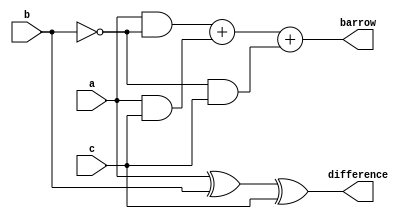
`timescale 1ns / 1ps
//////////////////////////////////////////////////////////////////////////////////
// Company: 
// Engineer: 
// 
// Design Name: 
// Module Name:    Full_Substractor 
// Project Name: 
// Target Devices: 
// Tool versions: 
// Description: 
//
// Dependencies: 
//
// Revision: 
// Revision 0.01 - File Created
// Additional Comments: 
//
//////////////////////////////////////////////////////////////////////////////////
module Full_Substractor(a,b,c,barrow,difference);
input a,b,c;
output reg barrow,difference;
always@(a,b,c)
begin
	difference<=a^b^c;
	barrow<=(a&(~b))+(a&c)+((~b)&c);
end
endmodule